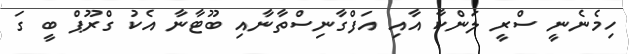
ހިމެނެނީ ސްރީ ލަންކާ އާއި އަފްގާނިސްތާނާއި ބޫޓާނާ އެކު ގްރޫޕް ބީ ގަ